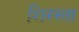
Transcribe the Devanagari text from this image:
शिरस्ता